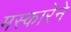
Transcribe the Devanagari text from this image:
मस्कारेने